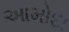
આમોદા